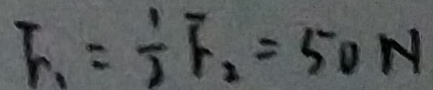
F _ { 1 } = \frac { 1 } { 2 } F _ { 2 } = 5 0 N